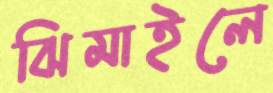
ঝিমাইলে